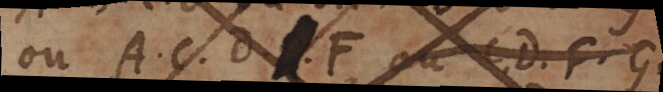
ou A, C, D, F, ou C, D, F, G